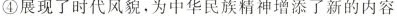
④展现了时代风貌，为中华民族精神增添了新的内容